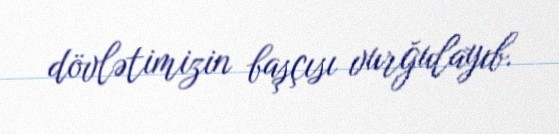
dövlətimizin başçısı vurğulayıb.